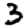
Digit: 3